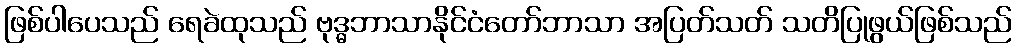
ဖြစ်ပါပေသည် ရေခဲထုသည် ဗုဒ္ဓဘာသာနိုင်ငံတော်ဘာသာ အပြတ်သတ် သတိပြုဖွယ်ဖြစ်သည်